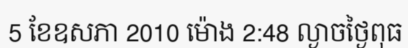
5 ខែឧសភា 2010 ម៉ោង 2:48 ល្ងាចថ្ងៃពុធ